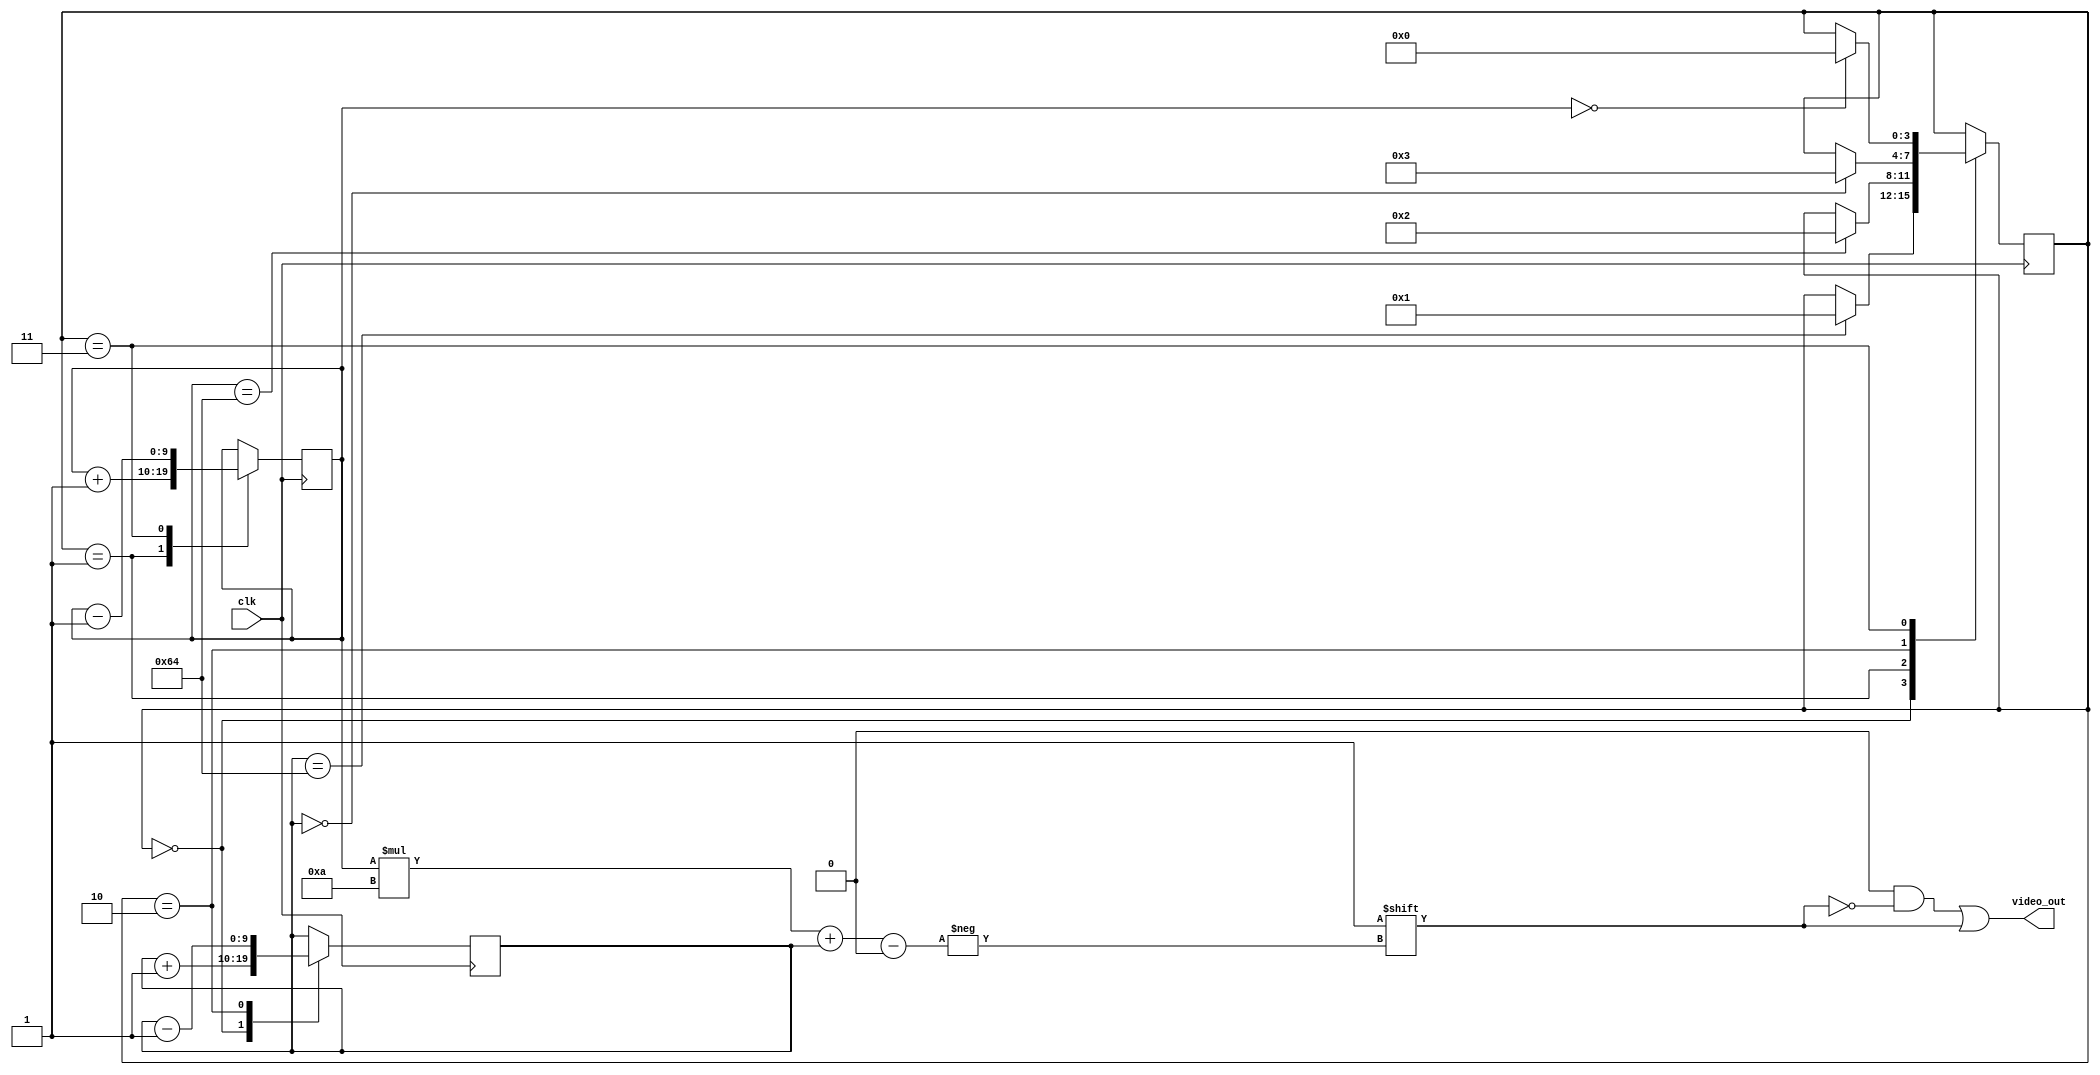
module pacman_hdmi (input clk,
                    output reg [1023:0] video_out);
  
  reg [9:0] x;
  reg [9:0] y;
  reg [3:0] state;
  
  always @(posedge clk) begin
    case (state)
      4'b0000: begin
        x <= x + 1;
        if (x == 10'd100)
          state <= 4'b0001;
      end
      4'b0001: begin
        y <= y + 1;
        if (y == 10'd100)
          state <= 4'b0010;
      end
      4'b0010: begin
        x <= x - 1;
        if (x == 10'd0)
          state <= 4'b0011;
      end
      4'b0011: begin
        y <= y - 1;
        if (y == 10'd0)
          state <= 4'b0000;
      end
    endcase
  end
  
  always @(*) begin
    video_out = 1023'b0;
    video_out[y*10+x] = 1;
  end
  
endmodule